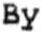
BY